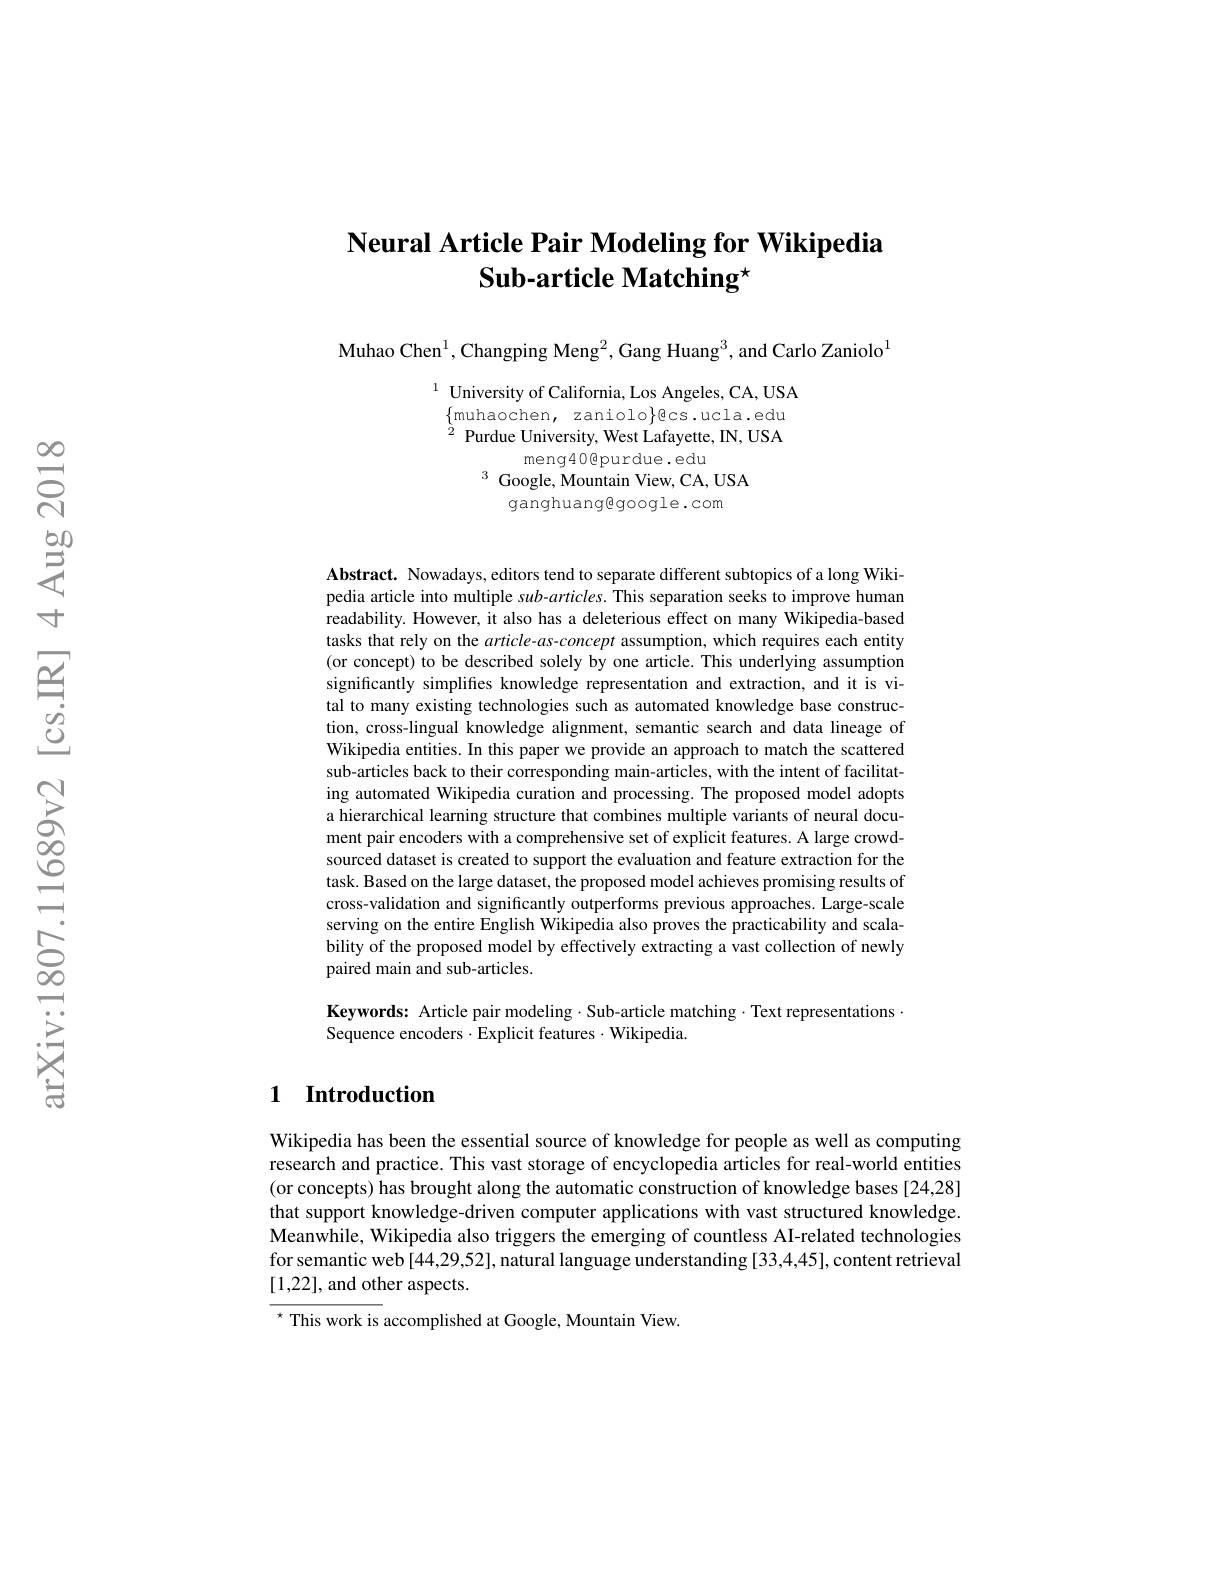
# $\textbf{Neural Article Pair Modeling for Wikipedia}$ Sub-article Matching$^\star$

Muhao Chen$^1$,Changping Meng$^2$,Gang Huang$^3$,and Carlo Zaniolo$^{1}$

$\begin{array}{c}{1}&{\text{University of California,Los Angeles,CA,USA}}\\{{\left\{\text{muhaochen, zaniolo}\right\}}}\\{{2}}&{{\mathrm{Purdue~University,~West~Lafayette,~IN,~USA}}}\end{array}$
meng40@purdue.edu
$^3{\mathrm{~Google,~Mountain~View,~CA,~USA}}$
ganghuangegoogle.com

Abstract. Nowadays, editors tend to separate different subtopics of a long Wikipedia article into multiple sub-articles. This separation seeks to improve human readability. However, it also has a deleterious effect on many Wikipedia-based tasks that rely on the article-as-concept assumption, which requires each entity (or concept) to be described solely by one article. This underlying assumption significantly simplifies knowledge representation and extraction, and it is vital to many existing technologies such as automated knowledge base construction, cross-lingual knowledge alignment, semantic search and data lineage of Wikipedia entities. In this paper we provide an approach to match the scattered sub-articles back to their corresponding main-articles, with the intent of facilitating automated Wikipedia curation and processing. The proposed model adopts a hierarchical learning structure that combines multiple variants of neural document pair encoders with a comprehensive set of explicit features. A large crowdsourced dataset is created to support the evaluation and feature extraction for the task. Based on the large dataset, the proposed model achieves promising results of cross-validation and significantly outperforms previous approaches. Large-scale serving on the entire English Wikipedia also proves the practicability and scalability of the proposed model by effectively extracting a vast collection of newly paired main and sub-articles.

Keywords: Article pair modeling·Sub-article matching·Text representations·
Sequence encoders $\cdot$Explicit features $\cdot$Wikipedia.

## 1 Introduction

Wikipedia has been the essential source of knowledge for people as well as computing research and practice. This vast storage of encyclopedia articles for real-world entities (or concepts) has brought along the automatic construction of knowledge bases [24,28] that support knowledge-driven computer applications with vast structured knowledge. Meanwhile, Wikipedia also triggers the emerging of countless AI-related technologies for semantic web [44,29,52], natural language understanding [33,4,45], content retrieval [1,22], and other aspects.
$^{\star}$ This work is accomplished at Google, Mountain View